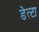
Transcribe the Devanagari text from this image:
डेत्टा